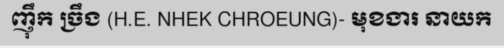
ញ៉ឹក ច្រឹង (H.E. NHEK CHROEUNG)- មុខងារ នាយក